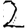
Digit: 2